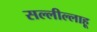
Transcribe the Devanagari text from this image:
सल्लील्लाहू